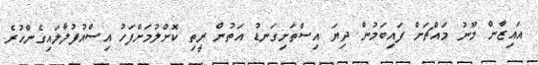
އައިޒާން މޫނު މައްޗަށް ފައިބަމުން ދިޔަ އިސްތަށިގަނޑު އަތުން ރީތި ކޮށްލުމަށްފަހު އިސްއުފުލާލައިގެންހުރެ